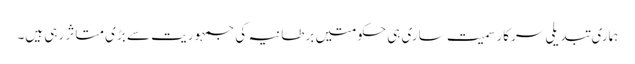
ہماری تبدیلی سرکار سمیت ساری ہی حکومتیں برطانیہ کی جمہوریت سے بڑی متاثر رہی ہیں۔